Punjab Mental Hospital Lahore 1922-31 - 1922-1931
Year: 1922
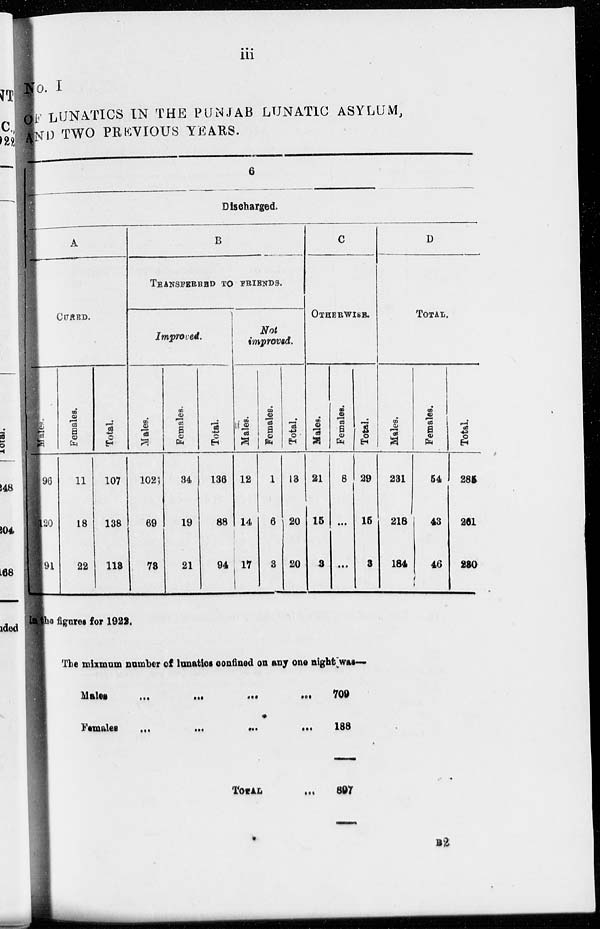
iii
NO. I
OF LUNATICS IN THE PUNJAB LUNATIC ASYLUM,
AND TWO PREVIOUS YEARS.
6
Discharged.
A
CURED.
Males.
96
20
91
Females.
11
18
22
Total.
107
138
113
B
TRANSFERRED TO FRIENDS.
Improved.
Males.
102
69
73
Females.
34
19
21
Total.
136
88
94
Not
improved.
Males.
12
14
17
Females.
1
6
3
Total.
13
20
20
C
OTHERWISE.
Males.
21
15
3
Females.
8
...
...
Total.
29
15
3
D
TOTAL.
Males.
231
218
184
Females.
54
43
46
Total.
285
261
230
The figures for 1922.
The mixmum number of lunatics confined on any one night was—
Males
...
...
...
...
Females ... ... ... ...
TOTAL ...
709
188
897
B2